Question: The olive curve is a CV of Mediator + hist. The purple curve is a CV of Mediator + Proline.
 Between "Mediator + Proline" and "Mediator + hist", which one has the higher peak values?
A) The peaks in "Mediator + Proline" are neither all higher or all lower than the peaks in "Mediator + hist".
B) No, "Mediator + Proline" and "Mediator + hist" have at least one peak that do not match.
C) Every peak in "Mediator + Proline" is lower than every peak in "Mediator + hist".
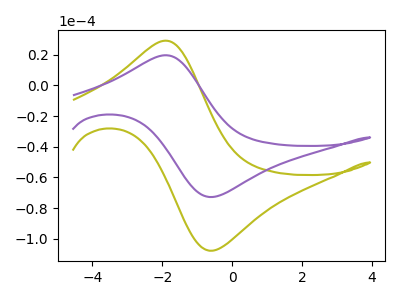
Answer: <think>The olive curve "Mediator + hist" has an anodic peak at (-1.90V, 29.25uA) and a cathodic peak at (-0.55V, -107.80uA). The purple curve "Mediator + Proline" has an anodic peak at (-1.90V, 19.75uA) and a cathodic peak at (-0.55V, -72.75uA).</think>
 <answer>C) Every peak in "Mediator + Proline" is lower than every peak in "Mediator + hist".</answer>
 <eval>C</eval>